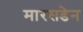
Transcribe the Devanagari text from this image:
मारसडेन